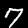
Label: 7